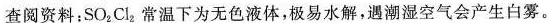
查阅资料：SO_{}2Cl_{2}常温下为无色液体，极易水解，遇潮湿空气会产生白雾。